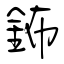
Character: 鈽